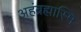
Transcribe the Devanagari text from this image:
अहंब्रह्मास्मि